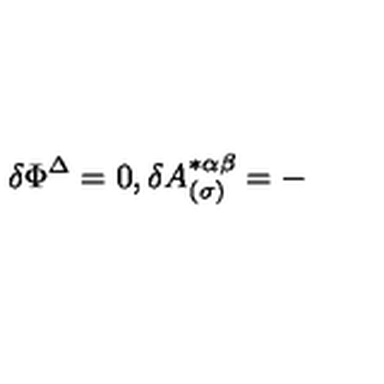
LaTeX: \delta \Phi ^ { \Delta } = 0 , \delta A _ { ( \sigma ) } ^ { * \alpha \beta } = -